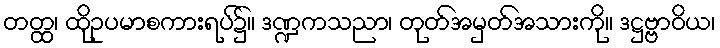
တတ္ထ၊ ထိုဥပမာစကားရပ်၌။ ဒဏ္ဍကသညာ၊ တုတ်အမှတ်အသားကို။ ဒဋ္ဌဗ္ဗာဝိယ၊